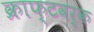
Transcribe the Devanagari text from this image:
क्राफ्टवर्क